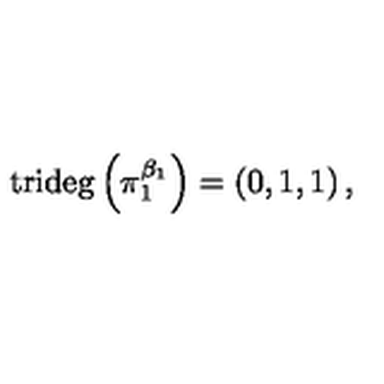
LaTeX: \mathrm { t r i d e g } \left( \pi _ { 1 } ^ { \beta _ { 1 } } \right) = \left( 0 , 1 , 1 \right) ,